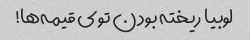
لوبیا ریخته بودن توی قیمه‌ها!